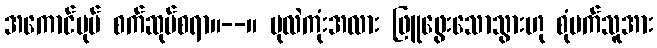
အကောင်ပုပ် စက်ဆုပ်စရာ။--။ ပုလဲကုံးအလား ဖြူဖွေးသောသွားဟု စုံမက်သူအား